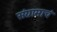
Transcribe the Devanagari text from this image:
संग्रामाचं